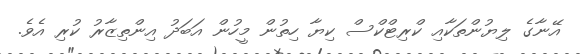
އޭނާގެ ލިޔުންތަކާއި ކްރިޓްކްސް ކިޔާ ހިތުން މީހުން އަބަދު އިންތިޒާރު ކުރި އެވެ.